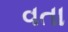
વતા